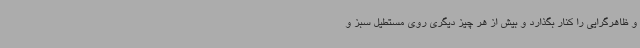
و ظاهرگرایی را کنار بگذارد و بیش از هر چیز دیگری روی مستطیل سبز و